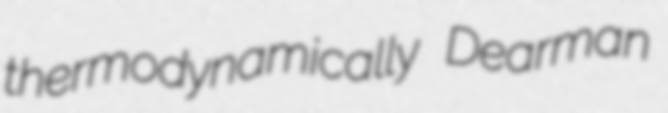
thermodynamically Dearman